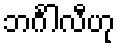
ဘင်္ဂါလီဟု